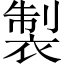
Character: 製